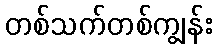
တစ်သက်တစ်ကျွန်း